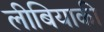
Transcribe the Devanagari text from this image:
लीबियाकी